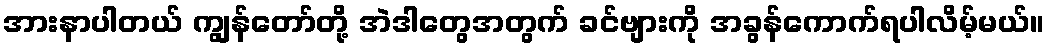
အားနာပါတယ် ကျွန်တော်တို့ အဲဒါတွေအတွက် ခင်ဗျားကို အခွန်ကောက်ရပါလိမ့်မယ်။